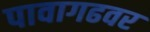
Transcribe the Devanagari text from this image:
पावागढवर